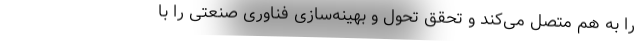
را به هم متصل می‌کند و تحقق تحول و بهینه‌سازی فناوری صنعتی را با